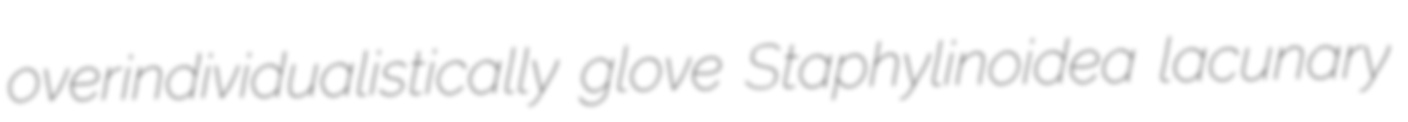
overindividualistically glove Staphylinoidea lacunary